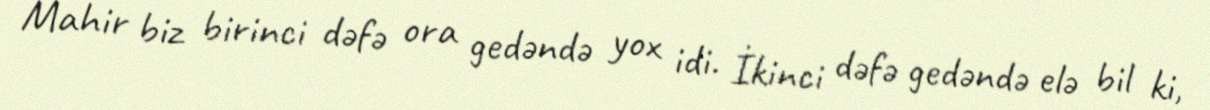
Mahir biz birinci dəfə ora gedəndə yox idi. İkinci dəfə gedəndə elə bil ki,